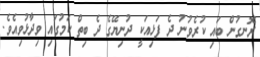
ރޮނގުން ބައި ކުރެވުނު ދެ ފަޅިއަކީ ދުނިޔޭގެ ދެ ބިތް ކަމުގައި ވިދާޅުވިއެވެ.